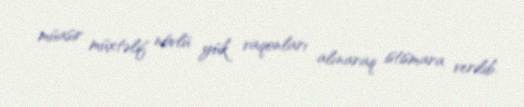
müasir müxtəlif növlü yük vaqonları alınaraq istismara verilib.